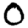
Digit: 0